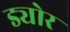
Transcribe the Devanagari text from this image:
ड्योर